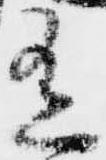
有